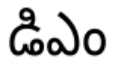
డిఎం